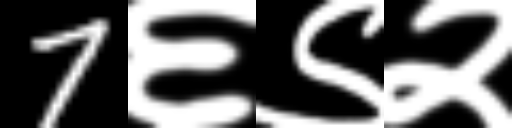
Text: 7६९२